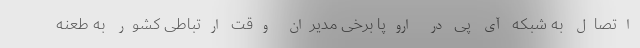
اتصال به شبکه آی پی در اروپا برخی مدیران وقت ارتباطی کشور به طعنه